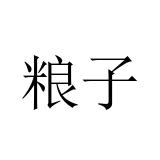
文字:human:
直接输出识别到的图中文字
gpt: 粮子